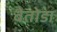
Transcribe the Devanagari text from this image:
बेतोडा